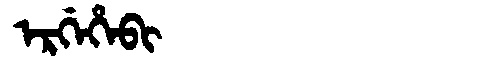
Manchu: ᡝᡵᡤᡝᡥᡝᠪᡳ
Romanization: ERGEHEBI